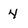
Character: 4